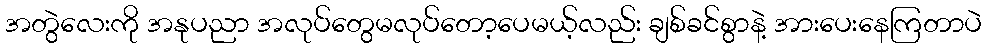
အတွဲလေးကို အနုပညာ အလုပ်တွေမလုပ်တော့ပေမယ့်လည်း ချစ်ခင်စွာနဲ့ အားပေးနေကြတာပဲ